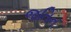
જતિન